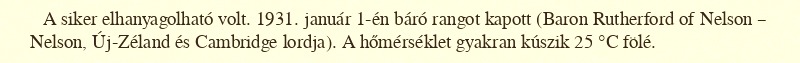
A siker elhanyagolható volt. 1931. január 1-én báró rangot kapott (Baron Rutherford of Nelson – Nelson, Új-Zéland és Cambridge lordja). A hőmérséklet gyakran kúszik 25 °C fölé.